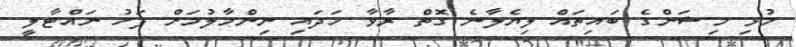
މުޅި މިޝަންގެ ބައިތައް ލިޔެލާނެ ގޮތް ރާވާ ހަދައި ނިންމާލުމަށް ފަހު ނައްޓާލީ